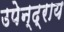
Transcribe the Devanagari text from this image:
उपेन्द्राय